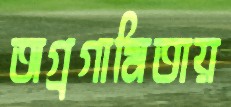
অগ্রগামিতায়